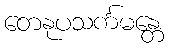
တေနုပသင်္ကမန္တေ